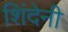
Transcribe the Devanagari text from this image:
शिंदेनी